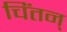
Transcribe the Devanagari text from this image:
चिंतन्